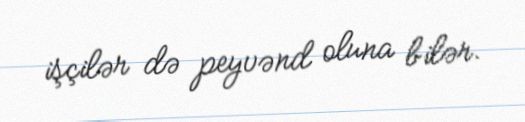
işçilər də peyvənd oluna bilər.